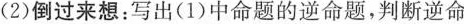
(2)倒过来想：写出(1)中命题的逆命